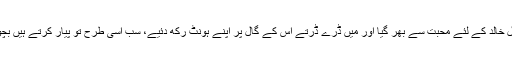
میرا دل خالد کے لئے محبت سے بھر گیا اور میں ڈرے ڈرتے اس کے گال پر اپنے ہونٹ رکھ دئیے، سب اسی طرح تو پیار کرتے ہیں بچوں کو۔